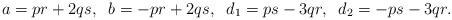
LaTeX: \begin{align*}a = pr+2qs, \;\; b = -pr+2qs,\;\;d_1 = ps-3qr, \;\; d_2 = -ps-3qr.\end{align*}